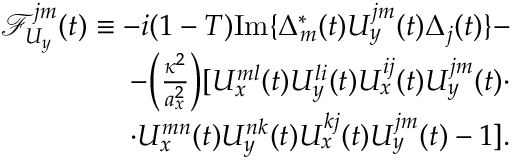
\begin{array} { r } { \mathcal { F } _ { U _ { y } } ^ { j m } ( t ) \equiv - i ( 1 - T ) \mathrm { I m } \{ \Delta _ { m } ^ { * } ( t ) U _ { y } ^ { j m } ( t ) \Delta _ { j } ( t ) \} - } \\ { - \Big ( \frac { \kappa ^ { 2 } } { a _ { x } ^ { 2 } } \Big ) [ U _ { x } ^ { m l } ( t ) U _ { y } ^ { l i } ( t ) U _ { x } ^ { i j } ( t ) U _ { y } ^ { j m } ( t ) \cdot } \\ { \cdot U _ { x } ^ { m n } ( t ) U _ { y } ^ { n k } ( t ) U _ { x } ^ { k j } ( t ) U _ { y } ^ { j m } ( t ) - 1 ] . } \end{array}